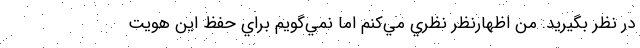
در نظر بگيريد. من اظهارنظر نظري مي‌كنم اما نمي‌گويم براي حفظ اين هويت